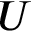
U